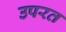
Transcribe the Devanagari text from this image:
उपरत